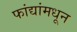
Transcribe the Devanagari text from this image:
फांद्यांमधून